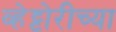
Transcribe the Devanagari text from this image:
व्हेट्टोरीच्या